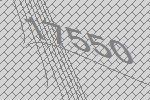
17550